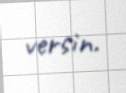
versin.